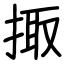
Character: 掫